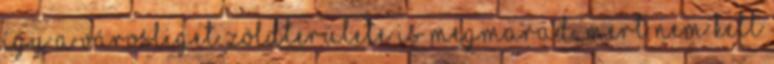
Így a Városliget zöldterülete is megmarad, mert nem kell